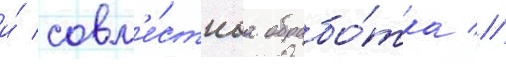
и́ совм'е́стнаа обрабо́тка //